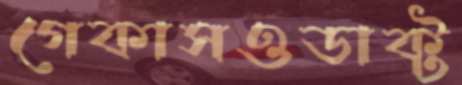
গেকাসওডাক্ট